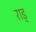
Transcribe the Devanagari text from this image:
राड्